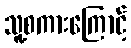
သူ့စကားကြောင့်